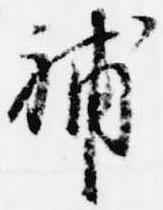
補